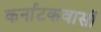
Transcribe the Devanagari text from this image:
कर्नाटकवासी